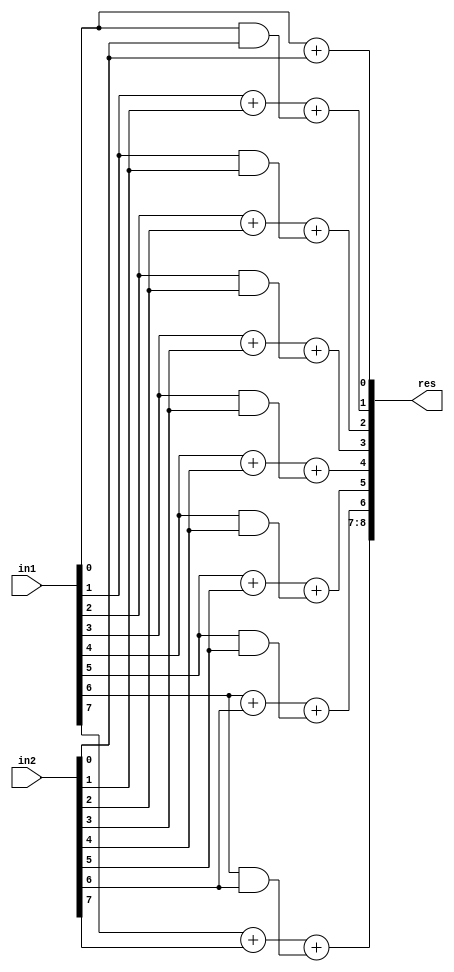
module GDA_St_N8_M8_P1(
    input  [7:0] in1,
    input  [7:0] in2,
    output [8:0] res
    );

wire [2:0] 	temp1, temp2, temp3, temp4, temp5, temp6, temp7, temp8;
wire  		p0,p1,p2,p3,p4,p5,p6,g0,g1,g2,g3,g4,g5,g6,c1,c2,c3,c4,c5,c6,c7;

and and_0(g0,in1[0],in2[0]);
and and_1(g1,in1[1],in2[1]);
and and_2(g2,in1[2],in2[2]);
and and_3(g3,in1[3],in2[3]);
and and_4(g4,in1[4],in2[4]);
and and_5(g5,in1[5],in2[5]);
and and_6(g6,in1[6],in2[6]);

xor xor_0(p0,in1[0],in2[0]);
xor xor_1(p1,in1[1],in2[1]);
xor xor_2(p2,in1[2],in2[2]);
xor xor_3(p3,in1[3],in2[3]);
xor xor_4(p4,in1[4],in2[4]);
xor xor_5(p5,in1[5],in2[5]);
xor xor_6(p6,in1[6],in2[6]);

assign c1 = g0;

assign c2 = g1;

assign c3 = g2;

assign c4 = g3;

assign c5 = g4;

assign c6 = g5;

assign c7 = g6;

// Results

assign temp1[1:0] = in1[0] + in2[0];
assign temp2[1:0] = in1[1] + in2[1] + c1;
assign temp3[1:0] = in1[2] + in2[2] + c2;
assign temp4[1:0] = in1[3] + in2[3] + c3;
assign temp5[1:0] = in1[4] + in2[4] + c4;
assign temp6[1:0] = in1[5] + in2[5] + c5;
assign temp7[1:0] = in1[6] + in2[6] + c6;
assign temp8[1:0] = in1[7] + in2[7] + c7;
assign res[8:0] = {temp8[1:0],temp7[0],temp6[0],temp5[0],temp4[0],temp3[0],temp2[0],temp1[0]};

endmodule